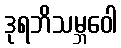
ဒုရဘိသမ္ဘဝေါ